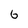
Character: 6